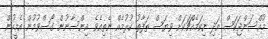
މުއްސަންޖަކަސް އަދި ނިކަމެއްޗަކަށް ވިޔަސް ތަފާތު ކުރުމެއް ނެތިއެވެ. އިންސާނުން ގޯސްވުމުން އެމީހުން